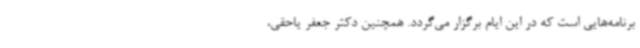
برنامه‌هایی است که در این ایام برگزار می‌گردد. همچنین دکتر جعفر یاحقی،